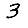
Digit: 3